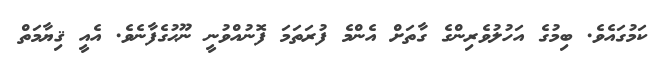
ކަމުގައެވެ. ބިމުގެ އަހުލުވެރިންގެ ގާތަށް އެންމެ ފުރަތަމަ ފޮނުއްވުނީ ނޫޙުގެފާނެވެ. އެއީ ޤިޔާމަތް